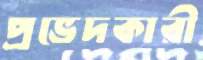
প্রভেদকারী